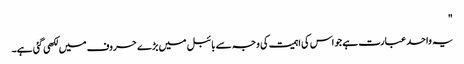
"
یہ واحد عبارت ہے جو اس کی اہمیت کی وجہ سے بائبل میں بڑے حروف میں لکھی گئی ہے۔